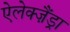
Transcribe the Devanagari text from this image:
ऐलेक्ज़ैंड्रा